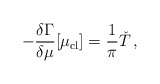
\begin{align*}-\frac{\delta \Gamma}{\delta \mu}[\mu_{\rm cl}] = \frac{1}{\pi }\check{T}\,,\end{align*}